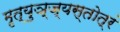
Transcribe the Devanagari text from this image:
मृत्युञ्ज्यस्तोत्रं